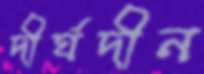
দীর্ঘদীন